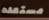
مستعده